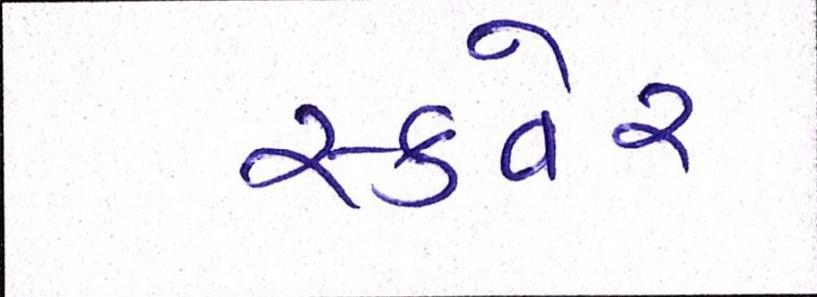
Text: સ્કવેર